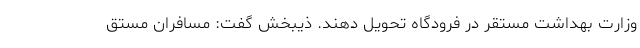
وزارت بهداشت مستقر در فرودگاه تحویل دهند. ذیبخش گفت: مسافران مستق